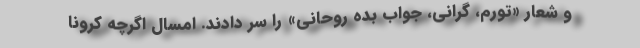
و شعار «تورم، گرانی، جواب بده روحانی» را سر دادند. امسال اگرچه کرونا